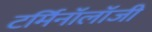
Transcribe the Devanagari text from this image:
टर्मिनॉलॉजी